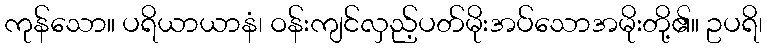
ကုန်သော။ ပရိယာယာနံ၊ ဝန်းကျင်လှည့်ပတ်မိုးအပ်သောအမိုးတို့၏။ ဥပရိ၊